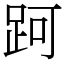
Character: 跒